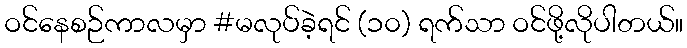
ဝင်နေစဉ်ကာလမှာ #မလုပ်ခဲ့ရင် (၁၀) ရက်သာ ဝင်ဖို့လိုပါတယ်။